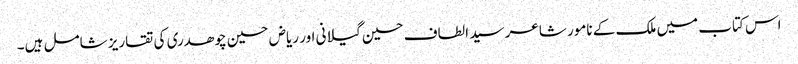
اس کتاب میں ملک کے نامور شاعر سید الطاف حسین گیلانی اور ریاض حسین چوھدری کی تقاریز شامل ہیں۔